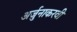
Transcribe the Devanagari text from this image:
अर्जुनाकरवी